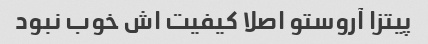
پیتزا آروستو اصلا کیفیت اش خوب نبود